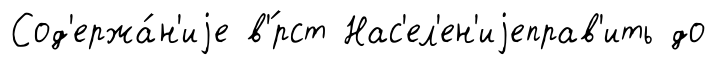
Сод'ержа́н'иjе в'́рст Нас'ел'ен'иjеправ'ить до